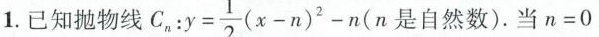
1.已知抛物线C $$C_{n}:y= \frac{1}{2}(x-n)^{2}-n(n$$ 是自然数)。当n=0